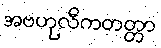
အဗဟုလီကတတ္တာ